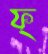
ফ্